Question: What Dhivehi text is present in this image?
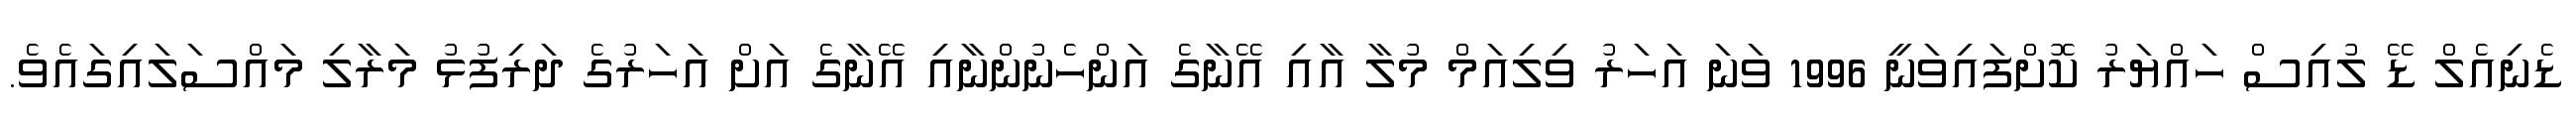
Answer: ޑެނިއެލް ޑޭ ލުއިސް ހައްޔަރު ކޮށްފައިވަނީ 1996 ވަނަ އަހަރު ވިލިއަމް މުލާ އާއި އޭނާގެ އަންހެނުންނާއި އޭނާގެ އަށް އަހަރުގެ ދަރިފުޅު މަރާލި މައްސަލައިގައެވެ.